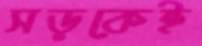
সড়কেই